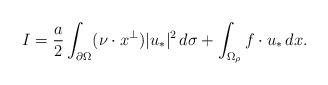
LaTeX: \begin{align*}I=\frac{a}{2}\int_{\partial\Omega}(\nu\cdot x^\perp)|u_*|^2\,d\sigma+\int_{\Omega_\rho}f\cdot u_*\,dx.\end{align*}